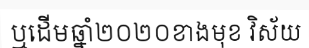
ឬដើមឆ្នាំ២០២០ខាងមុខ វិស័យ